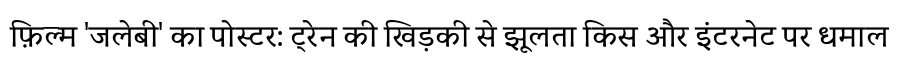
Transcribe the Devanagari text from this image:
फ़िल्म 'जलेबी' का पोस्टर: ट्रेन की खिड़की से झूलता किस और इंटरनेट पर धमाल